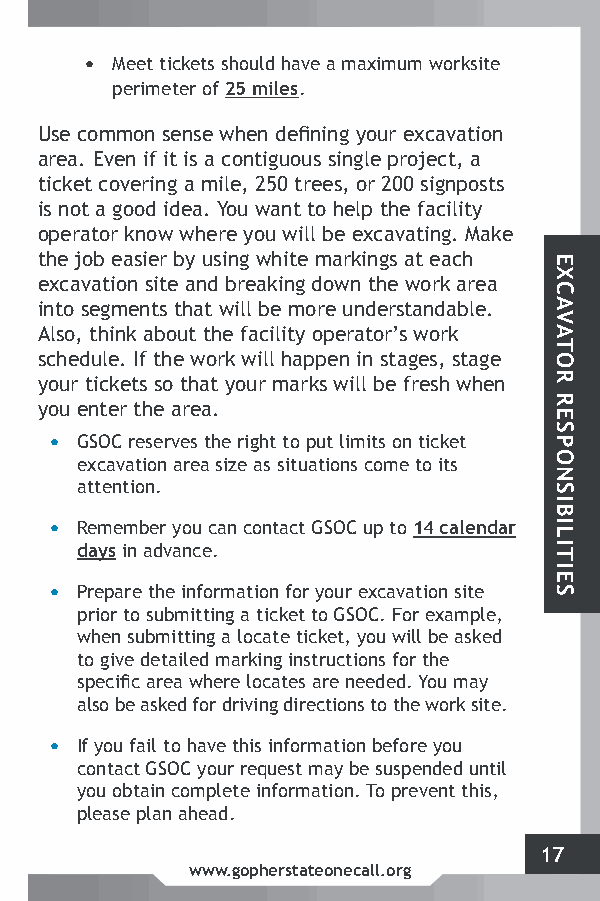
• Meet tickets should have a maximum worksite
 perimeter of 25 miles.
 Use common sense when defining your excavation
 area. Even if it is a contiguous single project, a
 ticket covering a mile, 250 trees, or 200 signposts
 is not a good idea. You want to help the facility
 operator know where you will be excavating. Make
 the job easier by using white markings at each
 excavation site and breaking down the work area
 into segments that will be more understandable.
 Also, think about the facility operator’s work
 schedule. If the work will happen in stages, stage
 your tickets so that your marks will be fresh when
 you enter the area.
 • GSOC reserves the right to put limits on ticket
 excavation area size as situations come to its
 attention.
 • Remember you can contact GSOC up to 14 calendar
 days in advance.
 • Prepare the information for your excavation site
 prior to submitting a ticket to GSOC. For example,
 when submitting a locate ticket, you will be asked
 to give detailed marking instructions for the
 specific area where locates are needed. You may
 also be asked for driving directions to the work site.
 • If you fail to have this information before you
 contact GSOC your request may be suspended until
 you obtain complete information. To prevent this,
 please plan ahead.
 17
 www.gopherstateonecall.org
 EXCAVATOR
 RESPONSIBILITIES